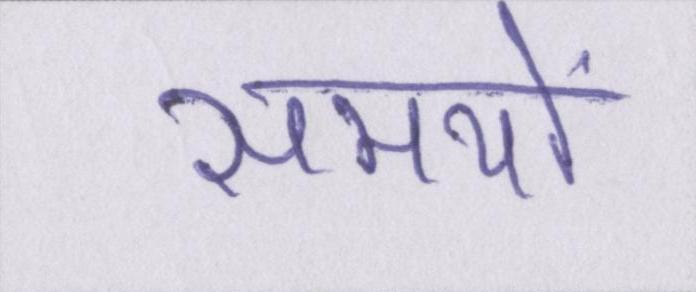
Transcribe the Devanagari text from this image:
समयों